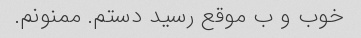
خوب و ب موقع رسید دستم. ممنونم.